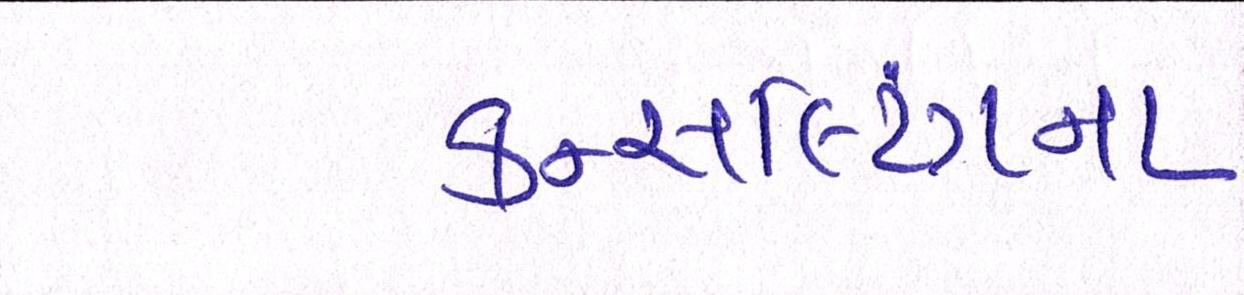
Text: કન્સલ્ટિંગના